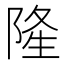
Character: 隆